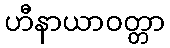
ဟီနာယာဝတ္တာ